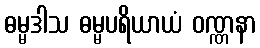
ဓမ္မဒါသ ဓမ္မပရိယာယံ ဝဏ္ဏနာ